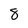
Character: 8